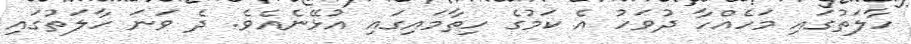
ހާލަތުގައި މަހެއްހާ ދުވަހު އެ ކަމުގެ ހިތާމައިގައި އުޅޭނެއެވެ. ދެ ވަނަ ހާލަތުގައި